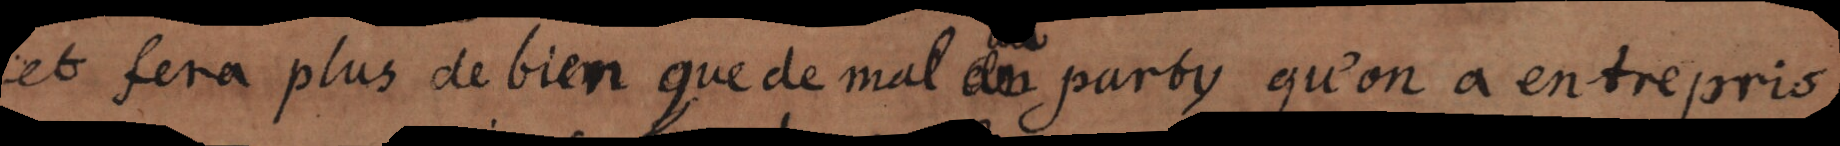
et fera plus de bien que de mal party qu’on a entrepris